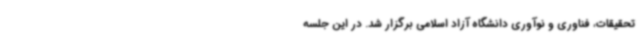
تحقیقات، فناوری و نوآوری دانشگاه آزاد اسلامی برگزار شد. در این جلسه